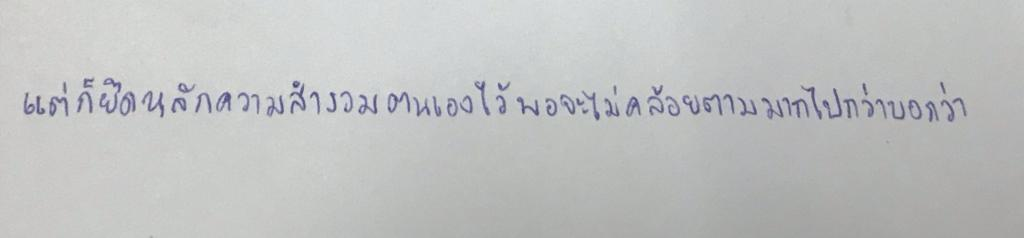
แต่ก็ยึดหลักความสำรวมตนเองไว้พอจะไม่คล้อยตามมากไปกว่าบอกว่า